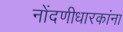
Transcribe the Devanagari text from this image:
नोंदणीधारकांना